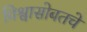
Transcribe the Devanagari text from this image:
विश्वासोबतचे